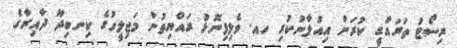
ރިސޯޓު ތަރައްގީ ކުރަން އިއުލާނުކުރި ހއ. ވެލިފިނޮޅު ރައްޔިތުން މަޖިލީހުގެ ކިނބިދޫ ދާއިރާގެ